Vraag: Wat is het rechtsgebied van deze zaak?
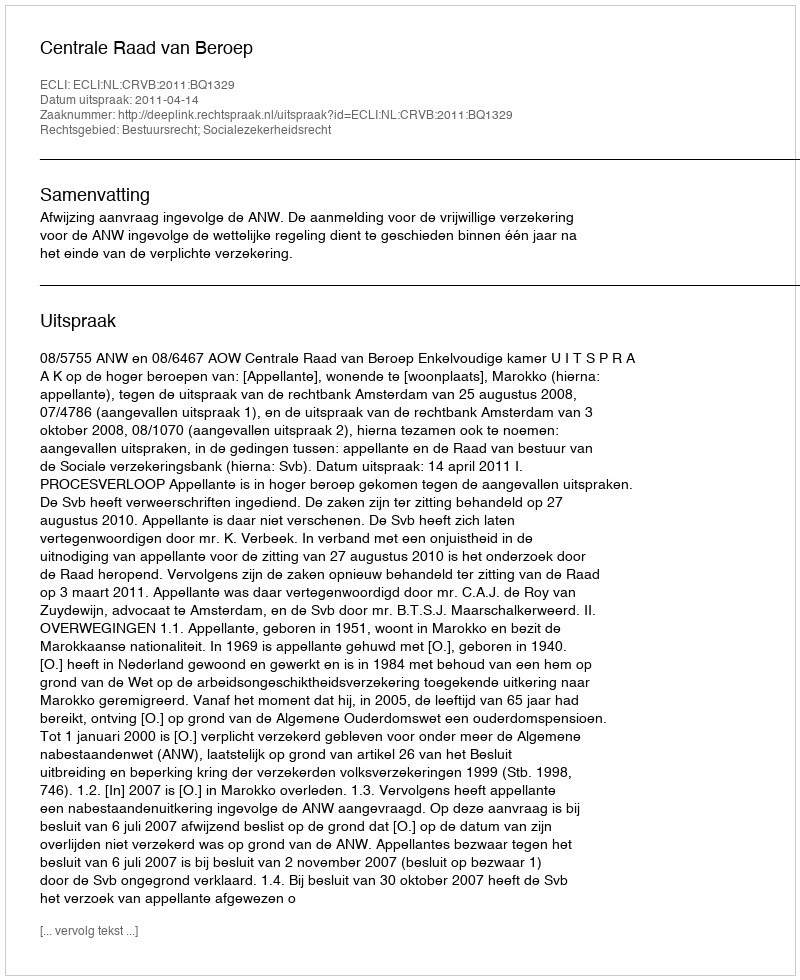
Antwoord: Bestuursrecht; Socialezekerheidsrecht